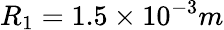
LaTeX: R_{1}=1.5\times 10^{-3}m